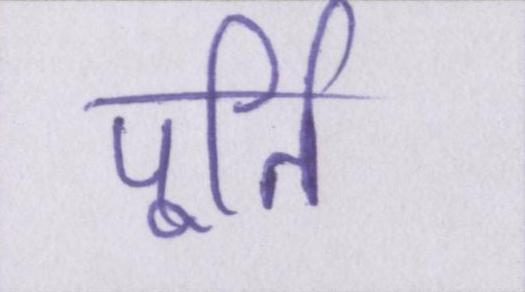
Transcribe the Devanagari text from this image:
पूर्ति